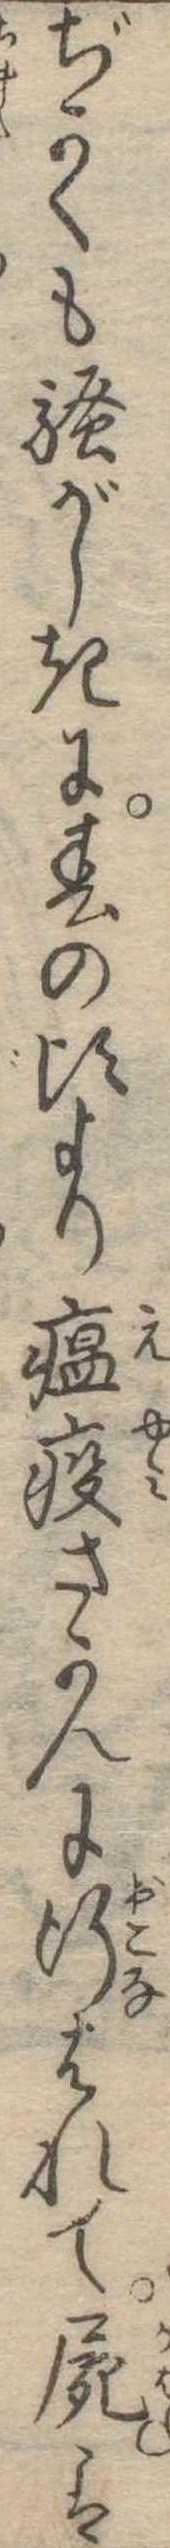
ぢかくも騒がしきに春の頃より瘟疫さかんに行はれて屍は